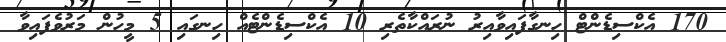
170 އެކްސިޑެންޓް ހިނގާފައިވާއިރު ނުރައްކާތެރި 10 އެކްސިޑެންޓެއް ހިނގައި 5 މީހުން މަރުވެފައިވާ